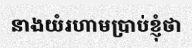
នាងយំរហាមប្រាប់ខ្ញុំថា